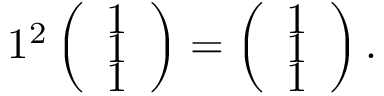
1 ^ { 2 } \left( \begin{array} { r } { 1 } \\ { 1 } \\ { 1 } \end{array} \right) = \left( \begin{array} { r } { 1 } \\ { 1 } \\ { 1 } \end{array} \right) .